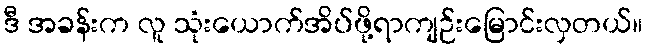
ဒီ အခန်းက လူ သုံးယောက်အိပ်ဖို့ရာကျဉ်းမြောင်းလှတယ်။